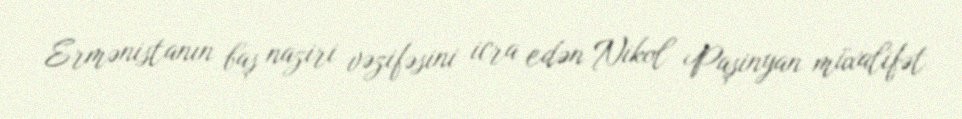
Ermənistanın baş naziri vəzifəsini icra edən Nikol Paşinyan müxalifət